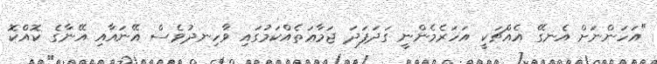
"އަހަންނަށް އެނގޭ އެއްޗަކީ އަހަރެމެންނީ ގަދަފަދަ ޖަމާޢަތެއްކަމުގައި ވާހިނދުވެސް އޭނައާއި އޭނާގެ ކޮއްކޮ